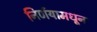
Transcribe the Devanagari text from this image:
निर्णयामधून